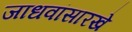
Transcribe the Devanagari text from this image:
जाधवांसारखे